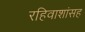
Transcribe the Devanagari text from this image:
रहिवाशांसह